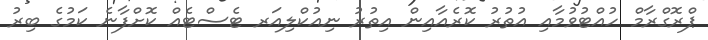
ޕްރޮގްރާމް ހުއްޓުވުމާއި އުތުރު ކޮރެއާއިން އިތުރު ނިއުކްލިއަރ ޓެސްޓެއް ކޮށްފާނެ ކަމުގެ ބިރު